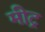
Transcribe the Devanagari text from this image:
मीट्र